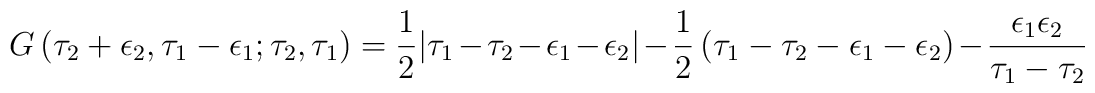
G\left(\tau_2+\epsilon_2,\tau_1-\epsilon_1;\tau_2,\tau_1\right)=\frac 1 2|\tau_1-\tau_2-\epsilon_1-\epsilon_2|-\frac 1 2\left(\tau_1-\tau_2-\epsilon_1-\epsilon_2\right)-\frac{\epsilon_1\epsilon_2}{\tau_1-\tau_2}